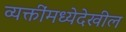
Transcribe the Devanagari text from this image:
व्यक्तींमध्येदेखील